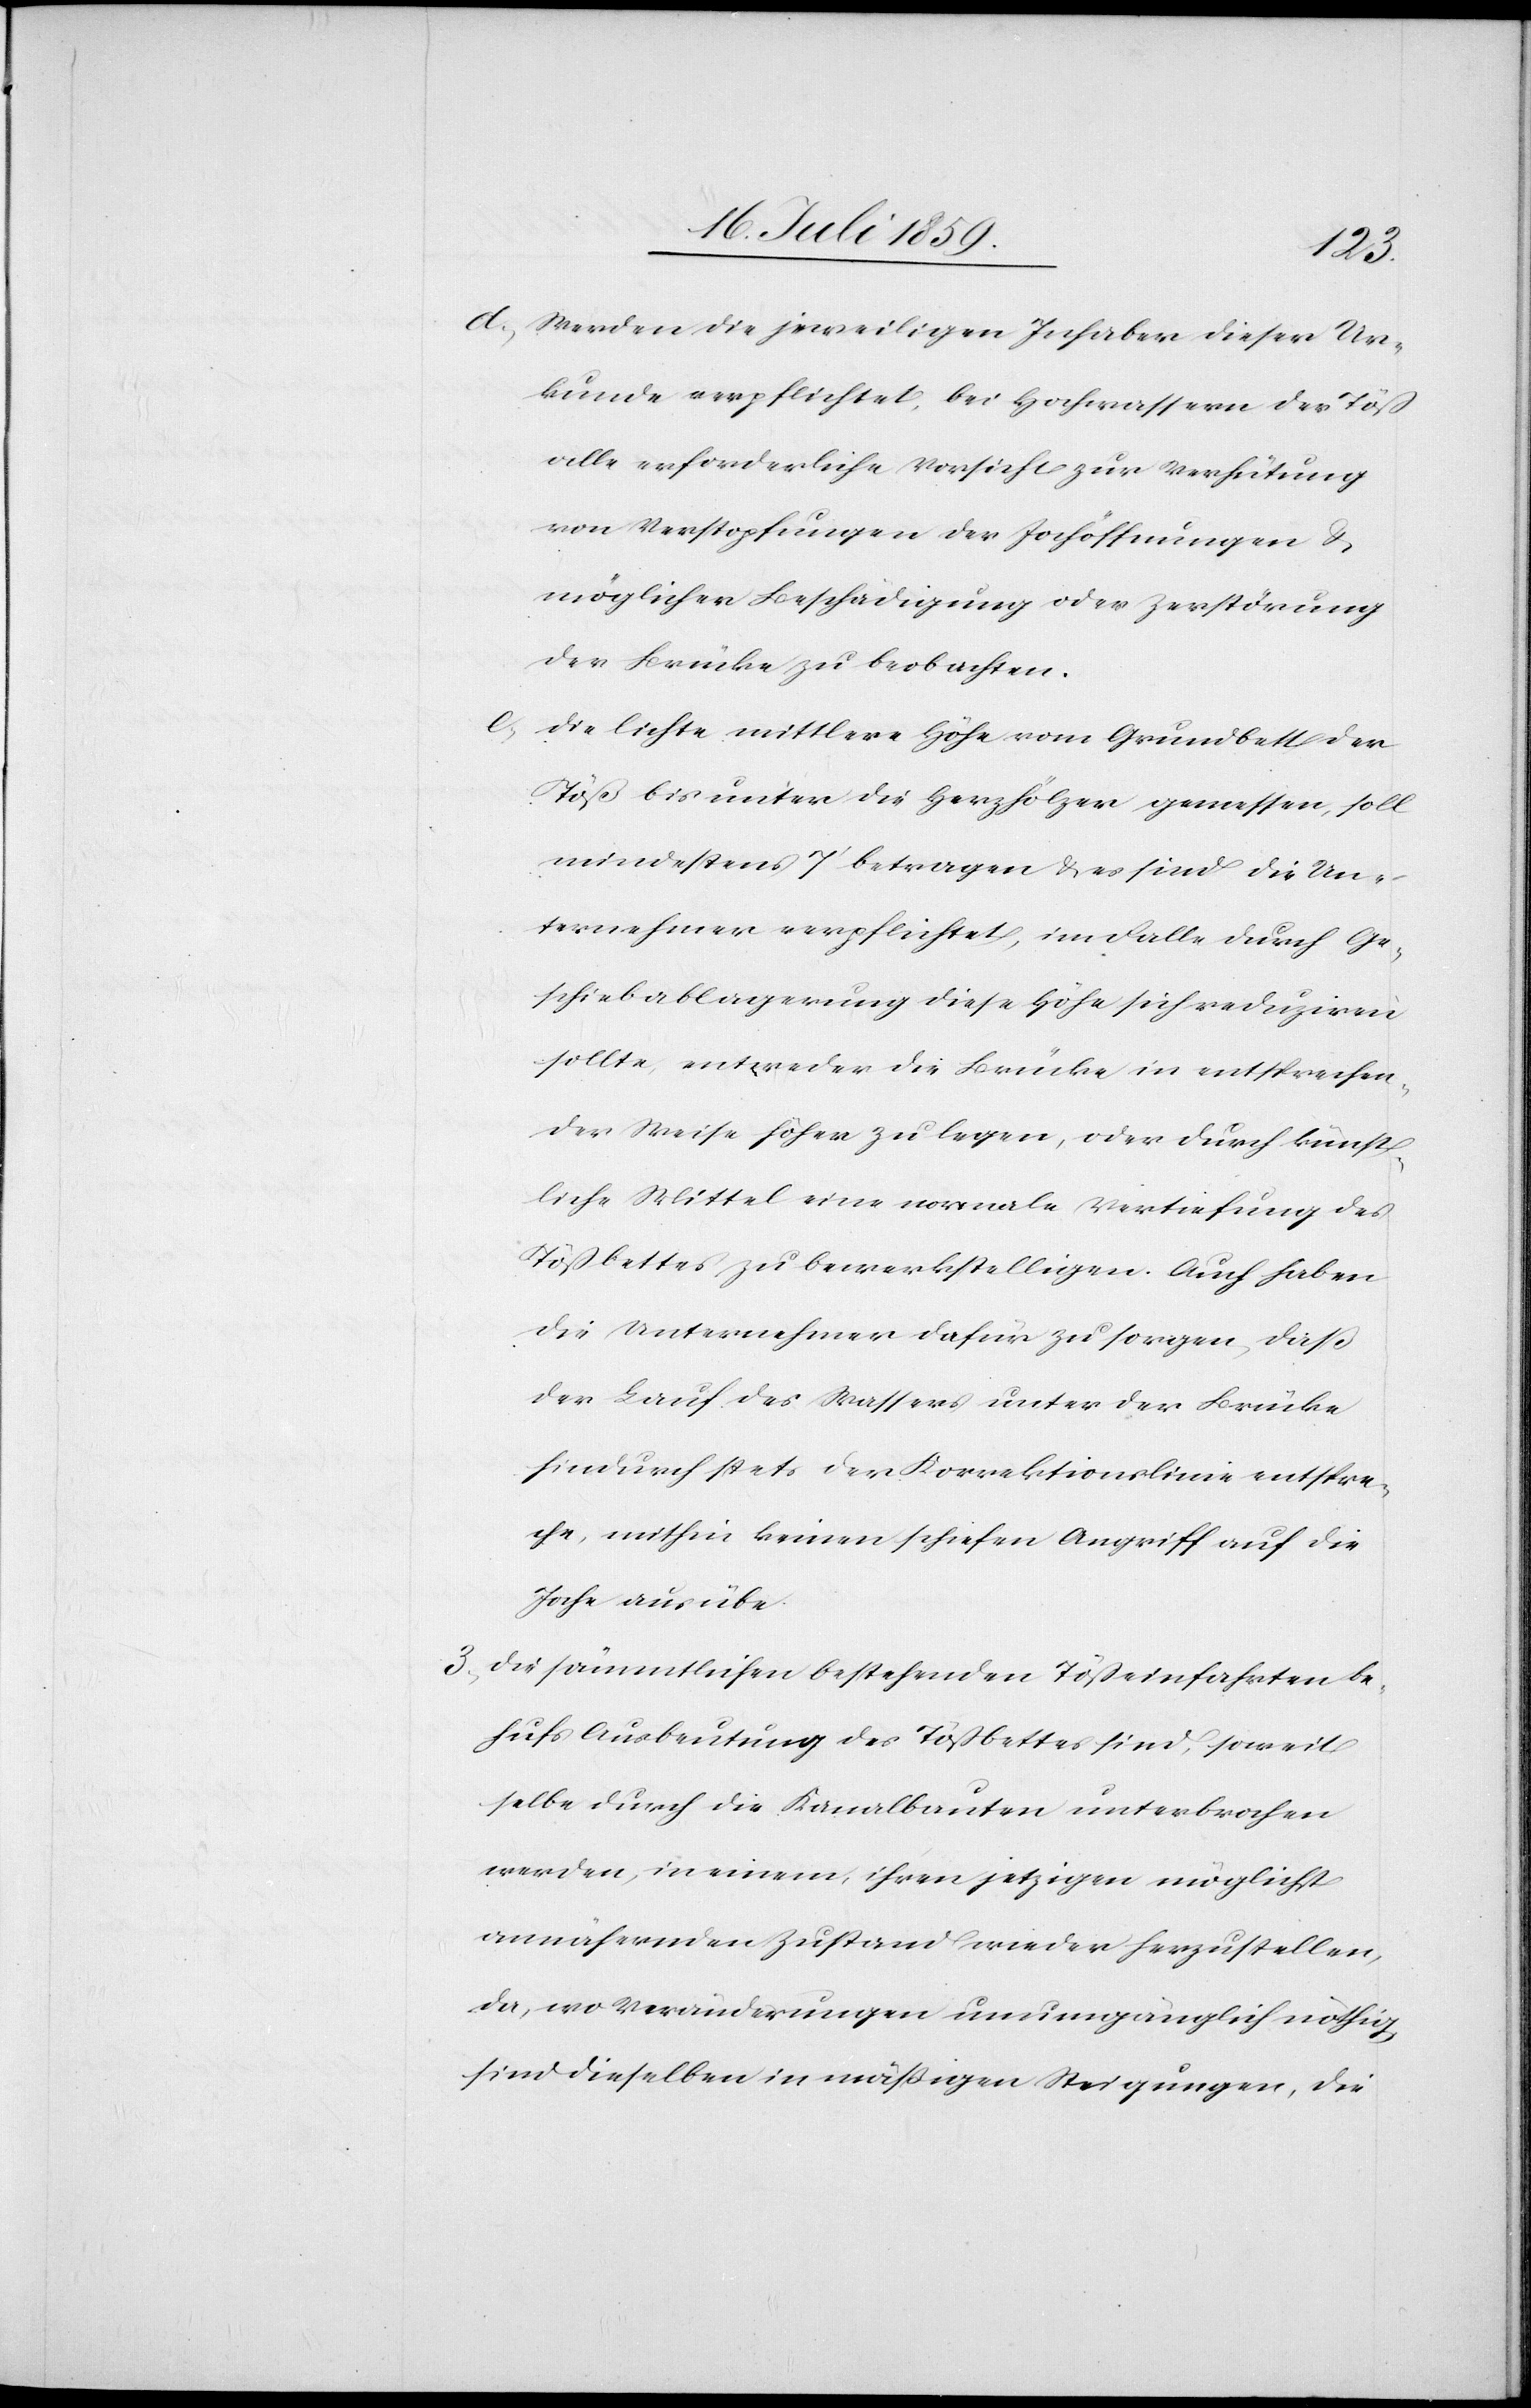
d. Werden die jeweiligen Inhaber dieser Ur¬
kunde verpflichtet, bei Hochwasser der Töß
alle erforderliche Vorsicht zur Verhütung
von Verstopfungen der Jochöffnungen u.
möglicher Beschädigung oder Zerstörung
der Brücke zu beobachten.
e. Die lichte mittlere Höhe vom Grundbett der
Töß bis unter die Herzhölzer gemessen, soll
mindestens 7’ betragen u. es sind die Un¬
ternehmer verpflichtet, im Falle durch Ge¬
schiebablagerung diese Höhe sich reduziren
sollte, entweder die Brücke in entsprechen¬
der Weise höher zu legen, oder durch künst¬
liche Mittel eine normale Vertiefung des
Tößbettes zu bewerkstelligen. Auch haben
die Unternehmer dafür zu sorgen, daß
der Lauf des Wassers unter der Brücke
hindurch stets der Korrektionslinie entspre¬
che, mithin keinen schiefen Angriff auf die
Joche ausübe.
3. Die sämmtlichen bestehenden Tößeinfahrten be¬
hufs Ausbeutung des Tößbettes sind, soweit
selbe durch die Kanalbauten unterbrochen
werden, in einem, ihren jetztigen möglichst
annähernden Zustand wieder herzustellen,
da, wo Veränderungen unumgänglich nöthig
sind dieselben in mäßigen Steigungen, die